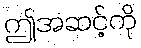
ဤအဆင့်ကို